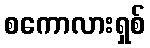
စကောလားရှစ်